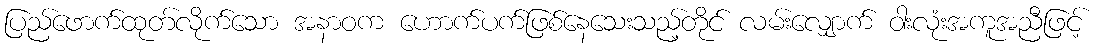
ပြည်ဖောက်ထုတ်လိုက်သော အနာဝက ဟောက်ပက်ဖြစ်နေသေးသည့်တိုင် လမ်းလျှောက် ဝါးလုံးအကူအညီဖြင့်